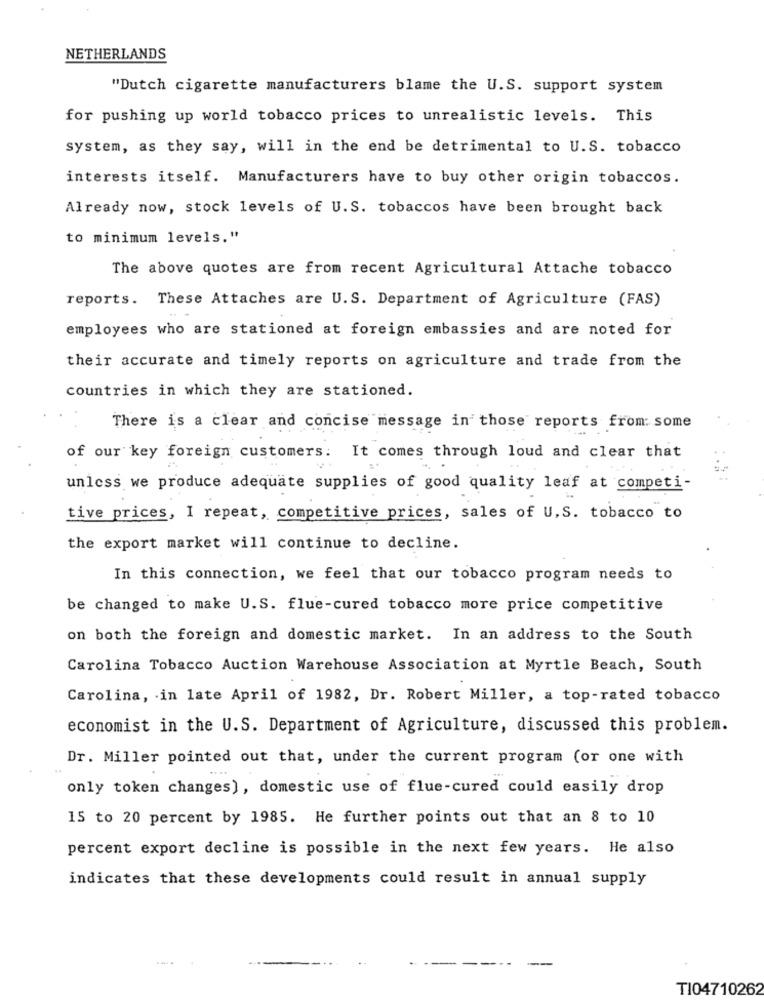
NETHERLANDS
"Dutch cigarette manufacturers blame the U.S. support system
for pushing up world tobacco prices to unrealistic levels. This
system, as they say, will in the end be detrimental to U.S. tobacco
interests itself. Manufacturers have to buy other origin tobaccos.
Already now, stock levels of U.S. tobaccos have been brought back
to minimum levels."
The above quotes are from recent Agricultural Attache tobacco
reports. These Attaches are U.S. Department of Agriculture (FAS)
employees who are stationed at foreign embassies and are noted for
their accurate and timely reports on agriculture and trade from the
countries in which they are stationed.
There is a clear and concise message in those reports from: some
of our key foreign customers: It comes through loud and clear that
unless we produce adequate supplies of good quality leaf at competi-
tive prices, I repeat, competitive prices, sales of U.S. tobacco to
the export market will continue to decline.
In this connection, we feel that our tobacco program needs to
be changed to make U.S. flue-cured tobacco more price competitive
on both the foreign and domestic market. In an address to the South
Carolina Tobacco Auction Warehouse Association at Myrtle Beach, South
Carolina, in late April of 1982, Dr. Robert Miller, a top-rated tobacco
economist in the U.S. Department of Agriculture, discussed this problem.
Dr. Miller pointed out that, under the current program (or one with
only token changes), domestic use of flue-cured could easily drop
15 to 20 percent by 1985. He further points out that an 8 to 10
percent export decline is possible in the next few years. He also
indicates that these developments could result in annual supply
T104710262